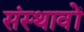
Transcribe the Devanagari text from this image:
संस्थावों